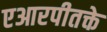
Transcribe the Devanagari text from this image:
एआरपीतक्ते